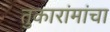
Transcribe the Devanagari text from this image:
तुकारांमांचा